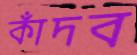
কাঁদব